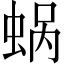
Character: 蜗